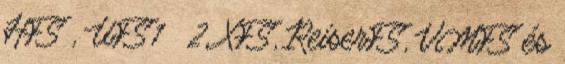
HFS , UFS1 2, XFS, ReiserFS, VMFS és